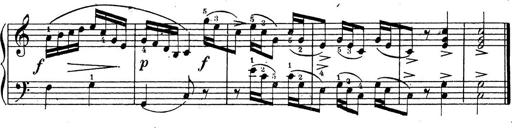
Title: 10 Sonatinas
Composer: Fritz Spindler